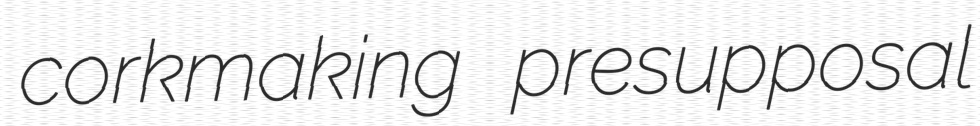
corkmaking presupposal